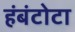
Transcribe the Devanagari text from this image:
हंबंटोटा